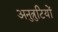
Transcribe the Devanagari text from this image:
अनुत्रुटियों